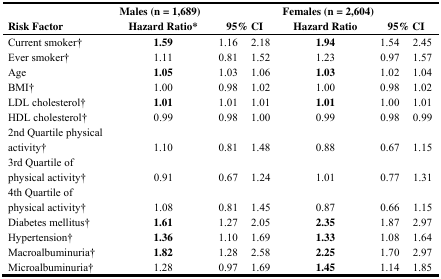
<table><thead><tr><td rowspan="2"><b>Risk Factor</b></td><td><b>Males (n = 1,689)</b></td><td></td><td></td><td><b>Females (n = 2,604)</b></td><td></td><td></td></tr><tr><td><b>Hazard Ratio*</b></td><td colspan="2"><b>95% CI</b></td><td><b>Hazard Ratio</b></td><td colspan="2"><b>95% CI</b></td></tr></thead><tbody><tr><td>Current smoker†</td><td><b>1.59</b></td><td>1.16</td><td>2.18</td><td><b>1.94</b></td><td>1.54</td><td>2.45</td></tr><tr><td>Ever smoker†</td><td>1.11</td><td>0.81</td><td>1.52</td><td>1.23</td><td>0.97</td><td>1.57</td></tr><tr><td>Age</td><td><b>1.05</b></td><td>1.03</td><td>1.06</td><td><b>1.03</b></td><td>1.02</td><td>1.04</td></tr><tr><td>BMI†</td><td>1.00</td><td>0.98</td><td>1.02</td><td>1.00</td><td>0.98</td><td>1.02</td></tr><tr><td>LDL cholesterol†</td><td><b>1.01</b></td><td>1.01</td><td>1.01</td><td><b>1.01</b></td><td>1.00</td><td>1.01</td></tr><tr><td>HDL cholesterol†</td><td>0.99</td><td>0.98</td><td>1.00</td><td>0.99</td><td>0.98</td><td>0.99</td></tr><tr><td>2nd Quartile physical activity†</td><td>1.10</td><td>0.81</td><td>1.48</td><td>0.88</td><td>0.67</td><td>1.15</td></tr><tr><td>3rd Quartile of physical activity†</td><td>0.91</td><td>0.67</td><td>1.24</td><td>1.01</td><td>0.77</td><td>1.31</td></tr><tr><td>4th Quartile of physical activity†</td><td>1.08</td><td>0.81</td><td>1.45</td><td>0.87</td><td>0.66</td><td>1.15</td></tr><tr><td>Diabetes mellitus†</td><td><b>1.61</b></td><td>1.27</td><td>2.05</td><td><b>2.35</b></td><td>1.87</td><td>2.97</td></tr><tr><td>Hypertension†</td><td><b>1.36</b></td><td>1.10</td><td>1.69</td><td><b>1.33</b></td><td>1.08</td><td>1.64</td></tr><tr><td>Macroalbuminuria†</td><td><b>1.82</b></td><td>1.28</td><td>2.58</td><td><b>2.25</b></td><td>1.70</td><td>2.97</td></tr><tr><td>Microalbuminuria†</td><td>1.28</td><td>0.97</td><td>1.69</td><td><b>1.45</b></td><td>1.14</td><td>1.85</td></tr></tbody></table>